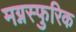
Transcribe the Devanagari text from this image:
मग्नस्फुरिक